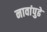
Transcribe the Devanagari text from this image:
नावांपुढे